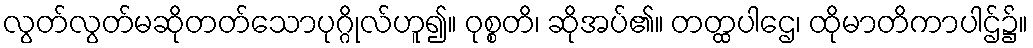
လွတ်လွတ်မဆိုတတ်သောပုဂ္ဂိုလ်ဟူ၍။ ဝုစ္စတိ၊ ဆိုအပ်၏။ တတ္ထပါဌေ၊ ထိုမာတိကာပါဌ်၌။